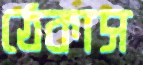
ঠেকাস